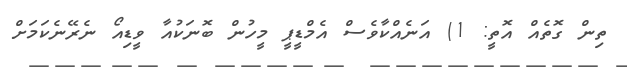
ތިން ގޮތެއް އޮތީ: 1) އަނެއްކާވެސް އެމްޑީޕީ މީހުން ބޮނަކުއާ ވީޑިއޯ ނެރޭނެކަމަށް